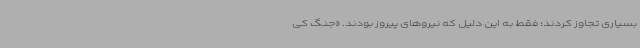
بسیاری تجاوز کردند؛ فقط به این دلیل که نیروهای پیروز بودند. «جنگ کی